Annual report on the working of the mental hospitals in the Madras Presidency - 1912-1932
Year: 1912
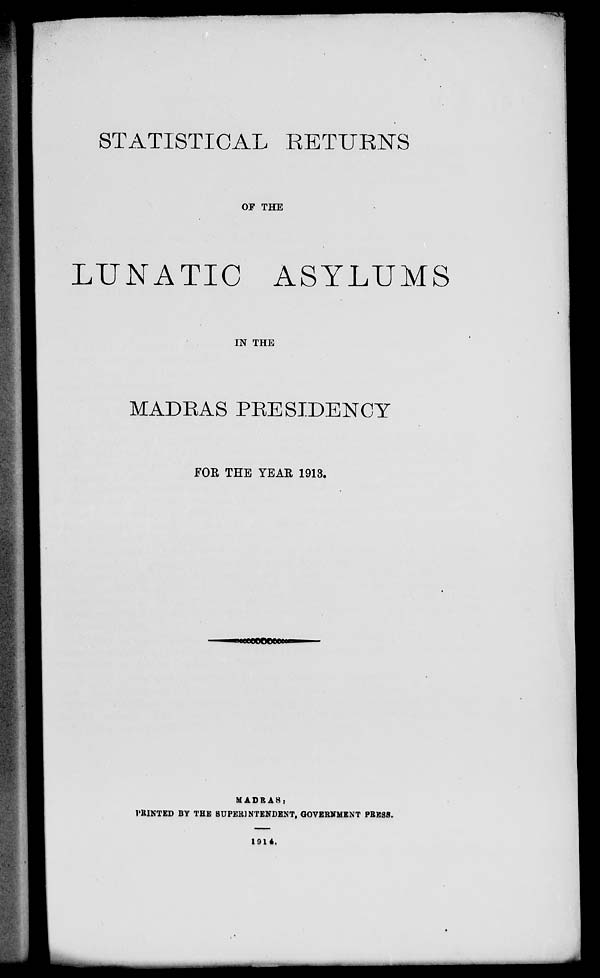
STATISTICAL RETURNS
OF THE
LUNATIC ASYLUMS
IN THE
MADRAS PRESIDENCY
FOR THE YEAE 1913.
joeeoocccecu-j
MADRAS:
HUNTED BY THE SUPERINTENDENT, GOVERNMENT PRESS.
1914.